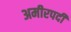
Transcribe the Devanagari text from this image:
अमीरपदी